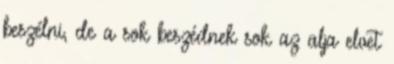
beszélni, de a sok beszédnek sok az alja elvet